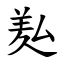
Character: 㕗